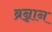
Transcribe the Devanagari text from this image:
ब्रन्नान